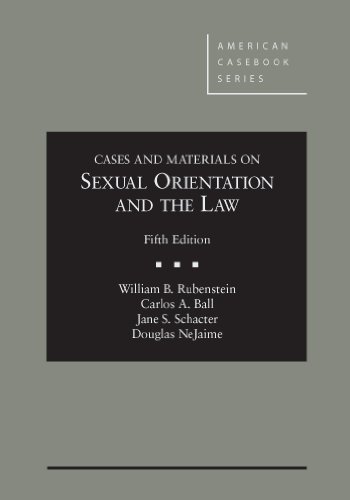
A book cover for Cases and Materials on Sexual Orientation and the Law (American Casebook Series); William Rubenstein; Gay & Lesbian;